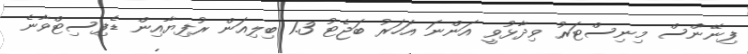
ފިނޭންސް މިނިސްޓަރު ވިދާޅުވީ އަންނަ އަހަރު ބަޖެޓު 1.3 ބިލިއަން ރުފިޔާއިން ޑެފިސިޓްވާނެ